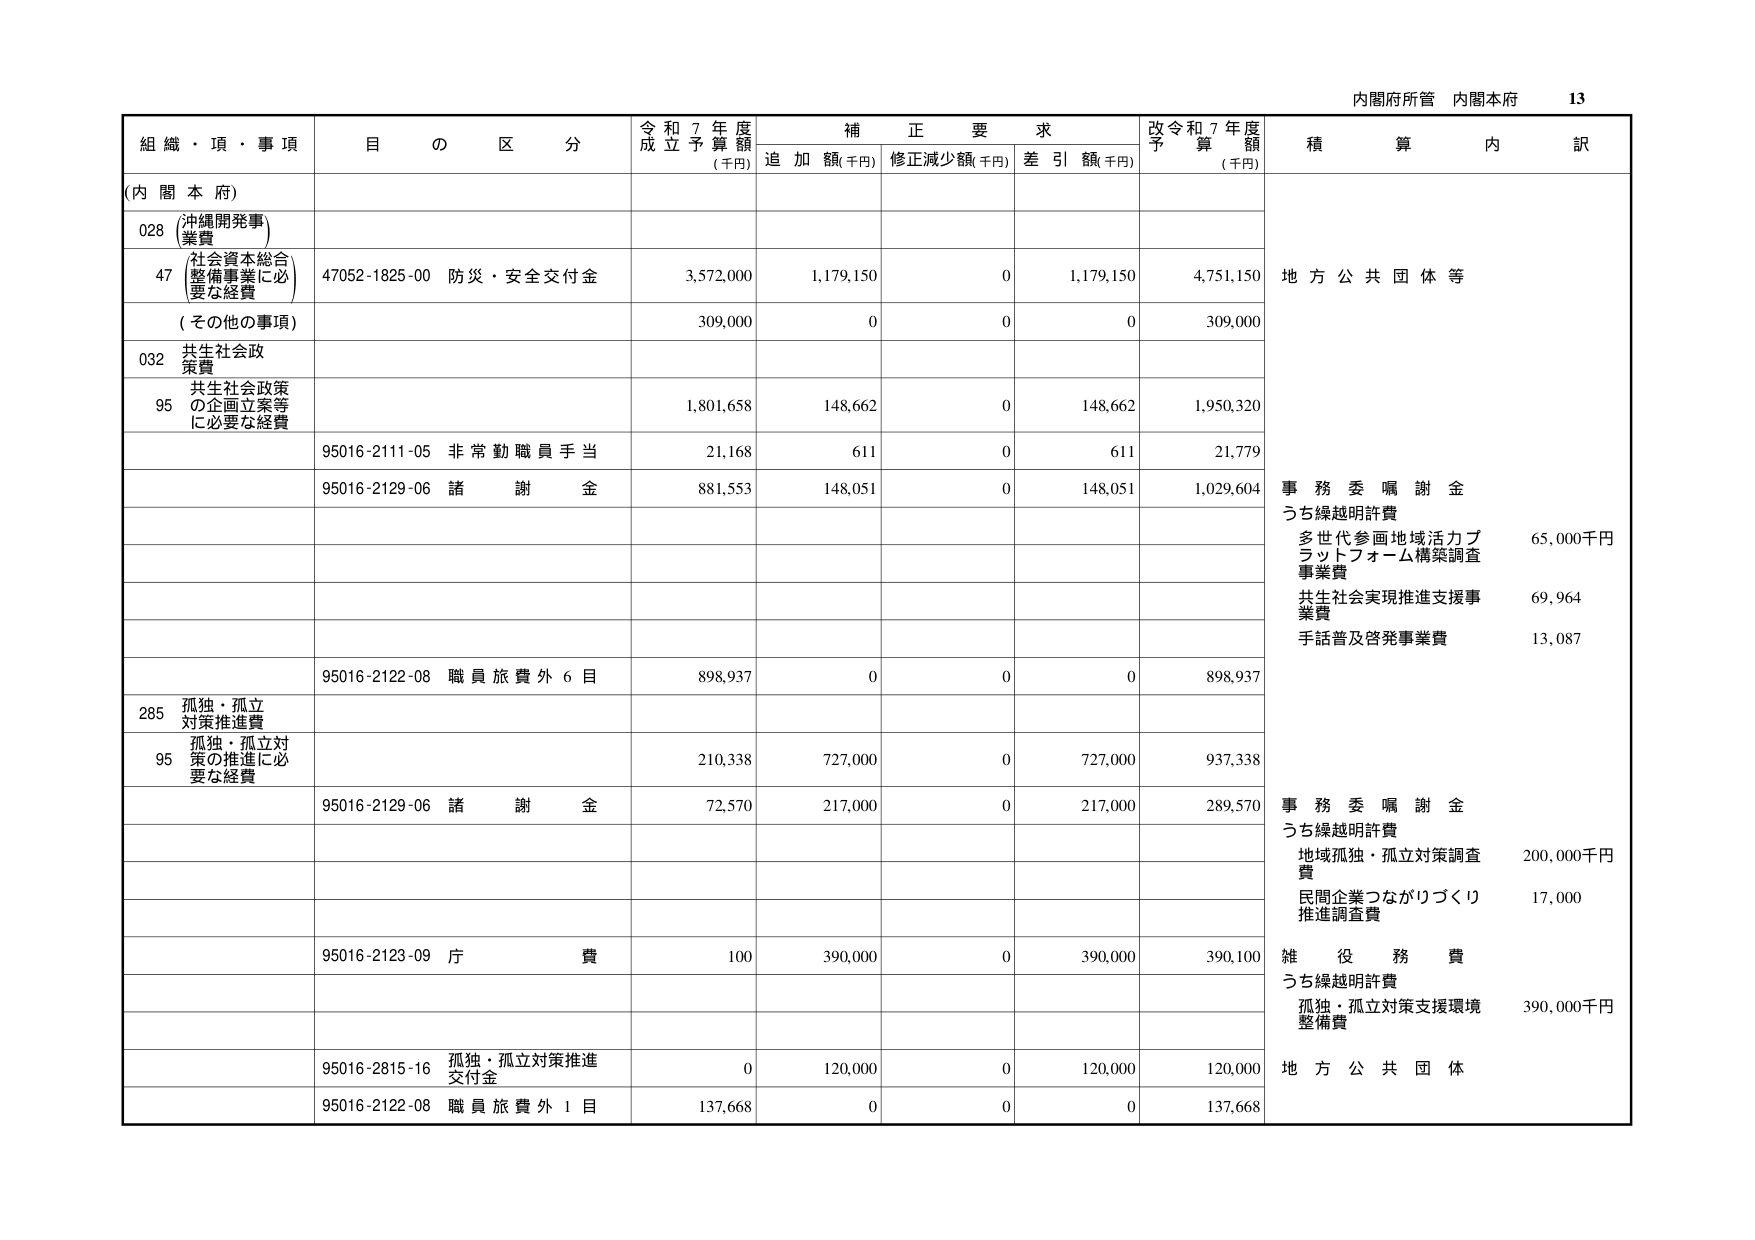
内閣府所管 内閣本府 13

組織・項・事項 目の区分 令和7年度成立予算額(千円) 補正要求 追加額(千円) 修正減少額(千円) 差引額(千円) 改令和7年度予算額(千円) 積算内訳

(内閣本府)

028 沖縄開発事業費

47 社会資本総合整備事業に必要な経費 47052-1825-00 防災・安全交付金 3,572,000 1,179,150 0 1,179,150 4,751,150 地方公共団体等

(その他の事項) 309,000 0 0 0 309,000

032 共生社会政策費

95 共生社会政策の企画立案等に必要な経費 1,801,658 148,662 0 148,662 1,950,320

95016-2111-05 非常勤職員手当 21,168 611 0 611 21,779

95016-2129-06 諸謝金 881,553 148,051 0 148,051 1,029,604 事務委嘱謝金 うち繰越明許費 多世代参画地域活力プラットフォーム構築調査事業費 65,000千円 共生社会実現推進支援事業費 69,964 手話普及啓発事業費 13,087

95016-2122-08 職員旅費外6目 898,937 0 0 0 898,937

285 孤独・孤立対策推進費

95 孤独・孤立対策の推進に必要な経費 210,338 727,000 0 727,000 937,338

95016-2129-06 諸謝金 72,570 217,000 0 217,000 289,570 事務委嘱謝金 うち繰越明許費 地域孤独・孤立対策調査費 200,000千円 民間企業つながりづくり推進調査費 17,000

95016-2123-09 庁費 100 390,000 0 390,000 390,100 雑役務費 うち繰越明許費 孤独・孤立対策支援環境整備費 390,000千円

95016-2815-16 孤独・孤立対策推進交付金 0 120,000 0 120,000 120,000 地方公共団体

95016-2122-08 職員旅費外1目 137,668 0 0 0 137,668